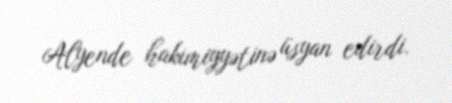
Alyende hakimiyyətinə üsyan edirdi.